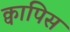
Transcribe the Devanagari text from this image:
क्वापिस